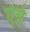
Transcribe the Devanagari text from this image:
ऐन्ने